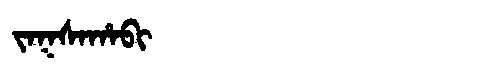
Manchu: ᠵᠠᡴᠰᠠᡥᠠᠪᡳ
Romanization: JAKSAHABI